Veski_algkool, lk 15
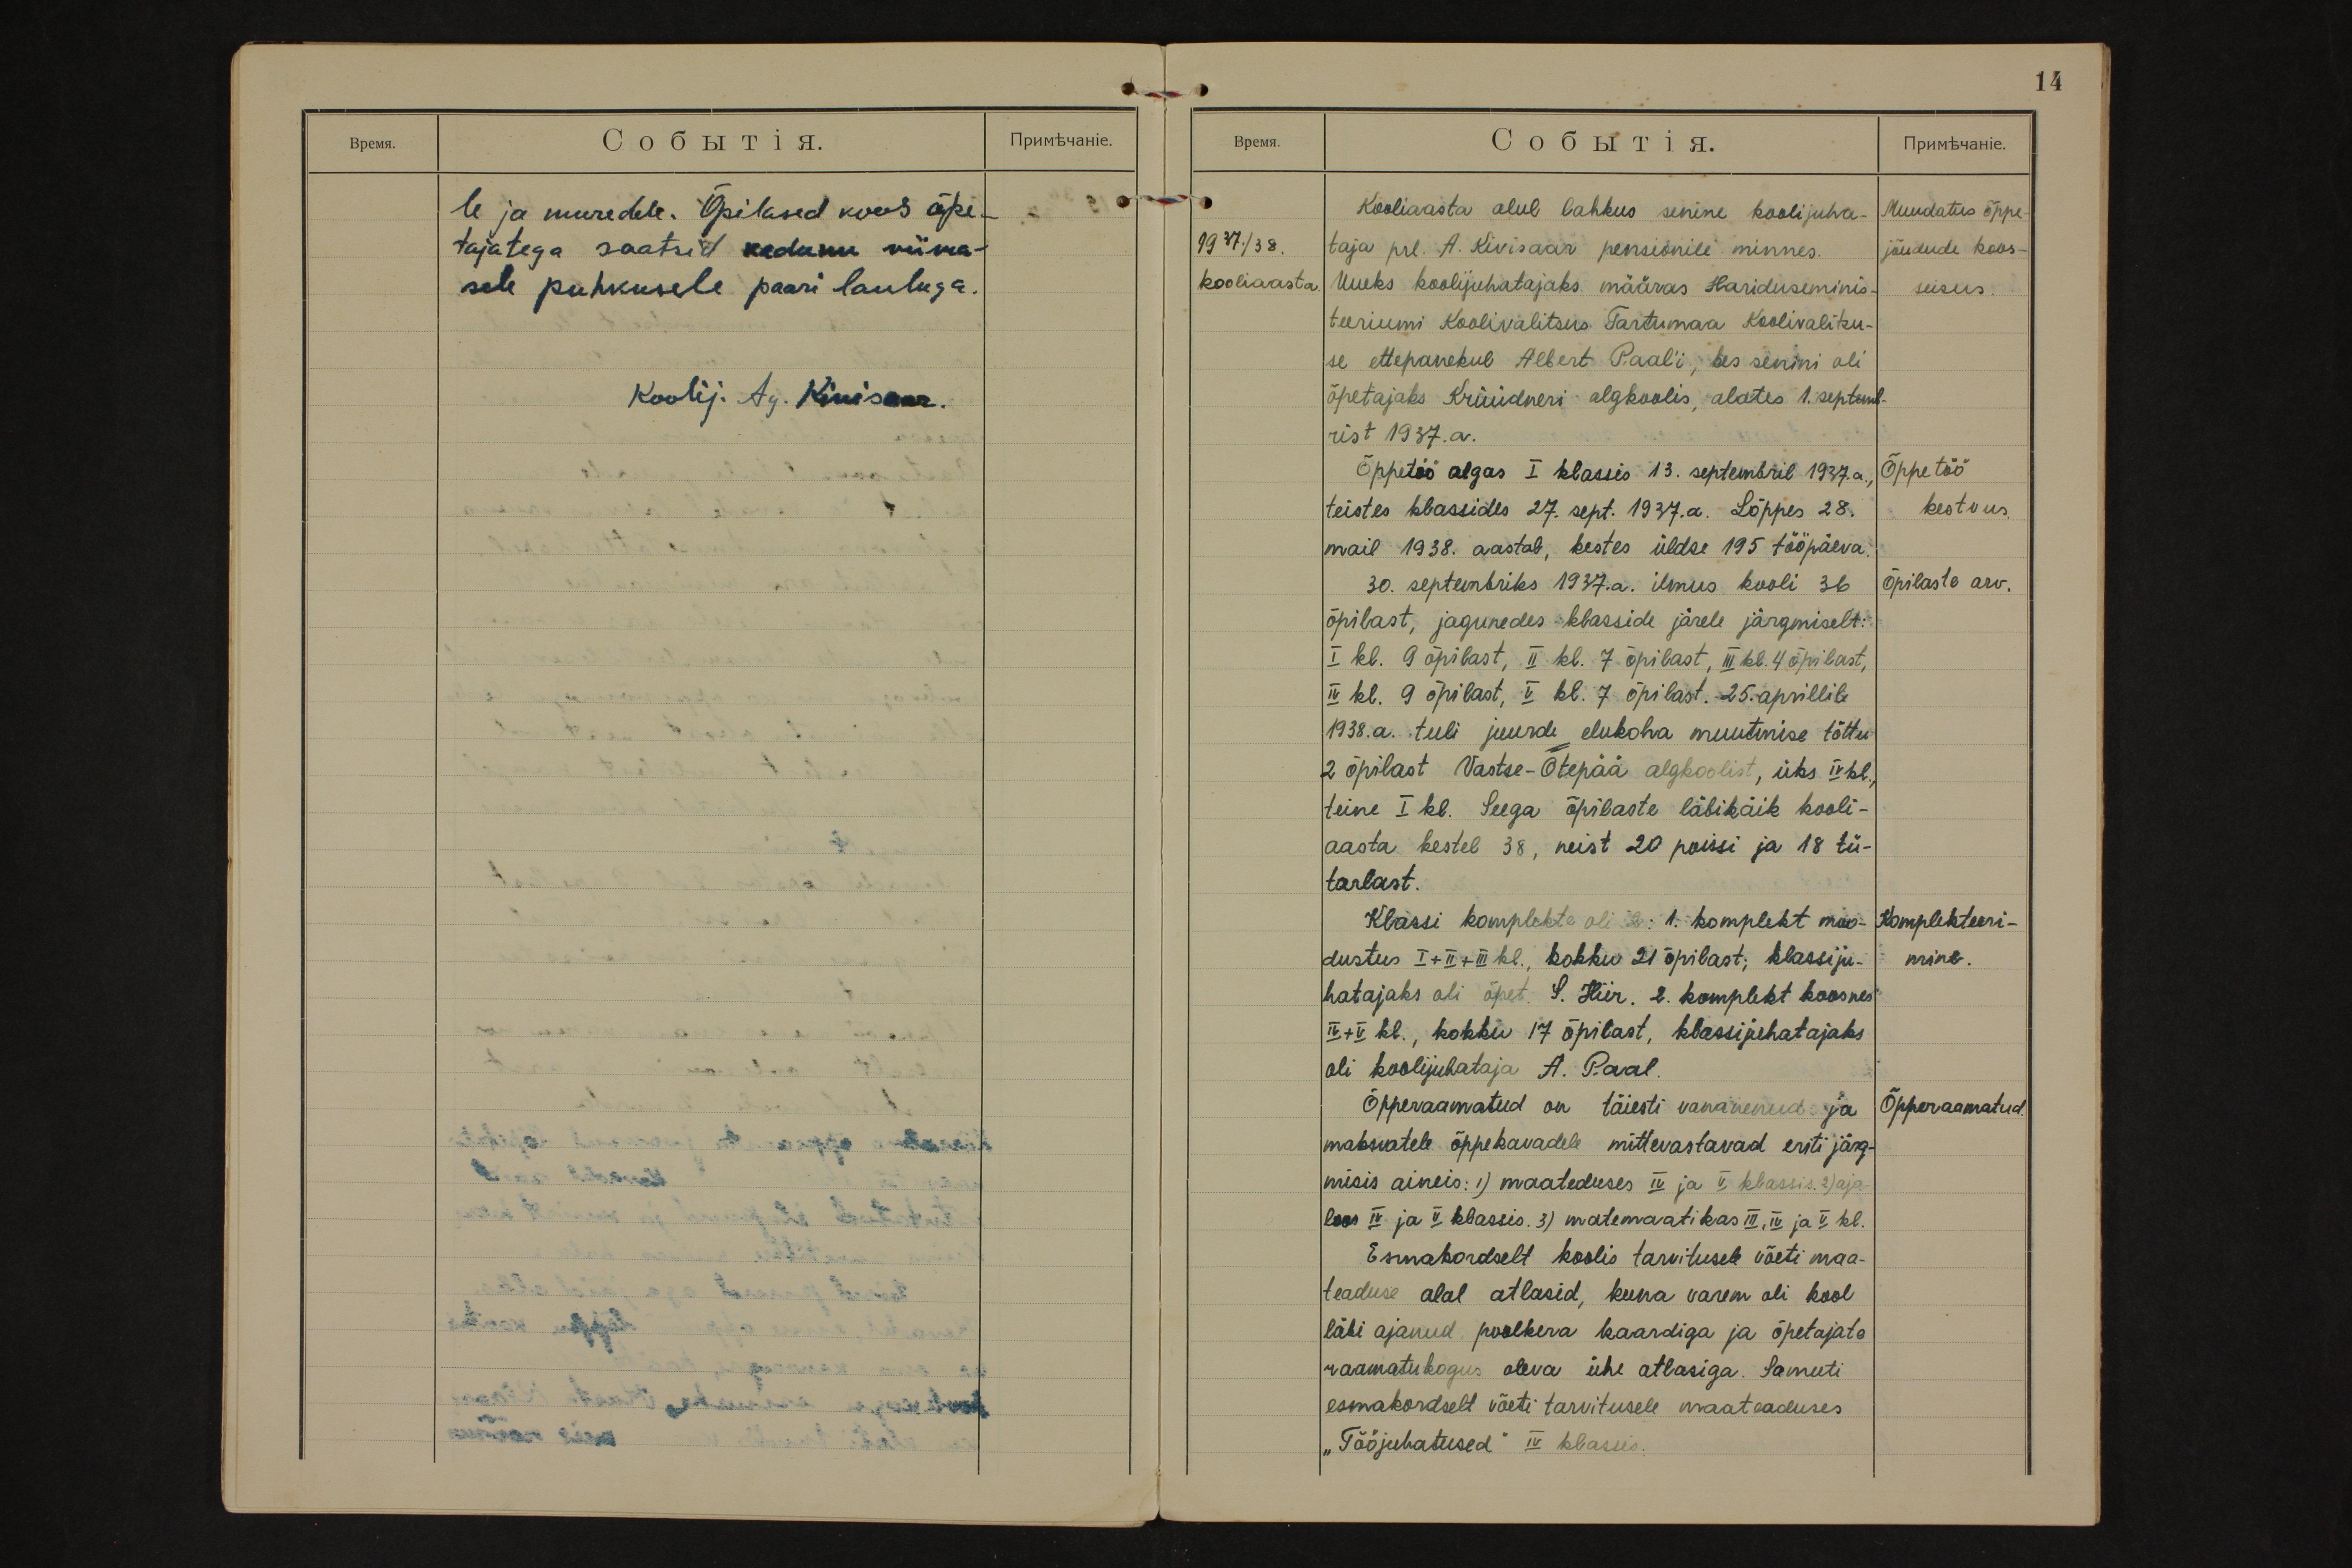
le ja muredele. Õpilased koos õpe-
tajatega saatsid kadunu viima-
sele puhkusele paari lauluga.
koolij. Ag. Kivisaar.

14
Muudatus õppe-
jõudude koos-
seisus.
1937./38.
kooliaasta.
Kooliaasta alul lahkus senine koolijuha-
taja prl. A. Kivisaar pensionile minnes.
Uueks koolijuhatajaks määras Hariduseminis-
teeriumi Koolivalitsus Tartumaa Koolivalitsu-
se ettepanekul Albert Paal´i, kes senini oli
õpetajaks Krüüdneri algkoolis, alates 1. septemb-
rist 1937.a.
Õppetöö
kestvus.
Õppetöö algas I klassis 13. septembril 1937.a.,
teistes klassides 27. sept. 1937.a. Lõppes 28.
mail 1938. aastal, kestes üldse 195 tööpäeva.
Õpilaste arv.
30. septembriks 1937.a. ilmus kooli 36
õpilast, jagunedes klasside järele järgmiselt:
I kl. 9 õpilast, II kl. 7 õpilast, III kl. 4 õpilast,
IV kl. 9 õpilast, V kl. 7 õpilast. 25. aprillil
1938.a. tuli juurde elukoha muutmise tõttu
2 õpilast Vastse-Otepää algkoolist, üks IV kl.,
teine I kl. Seega õpilaste läbikäik kooli-
aasta kestel 38, neist 20 poissi ja 18 tü-
tarlast.
Komplekteeri -
mine.
Klassi komplekte oli 2: 1. komplekt moo-
dustus I +II+III kl., kokku 21 õpilast; klassiju-
hatajaks oli õpet. S. Hiir. 2. komplekt koosnes
IV+V kl., kokku 17 õpilast, klassijuhatajaks
oli koolijuhataja A. P.aal.
Õpperaamatud.
Õpperaamatud on täiesti vananenud ja
maksvatele õppekavadele mittevastavad eriti järg-
misis aineis: 1) maateduses IV ja V klassis. 2) aja-
loos IV ja V klassis. 3) matemaatikas III, IV ja V kl.
Esmakordselt koolis tarvitusele võeti maa-
teaduse alal atlasid, kuna varem oli kool
läbi ajanud poolkera kaardiga ja õpetajate
raamatukogus oleva ühe atlasiga. Samuti
esmakordselt võeti tarvitusele maateaduses
"Tööjuhatused" IV klassis.